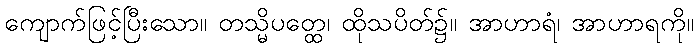
ကျောက်ဖြင့်ပြီးသော။ တသ္မိပတ္ထေ၊ ထိုသပိတ်၌။ အာဟာရံ၊ အာဟာရကို။